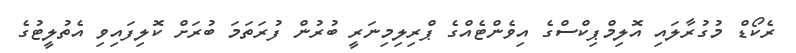
ރެކޯޑް މުގުރާލައި އޮލިމްޕިކްސްގެ އިވެންޓެއްގެ ޕްރިލިމިނަރީ ބުރުން ފުރަތަމަ ބުރަށް ކޮލިފައިވި އެތުލީޓުގެ